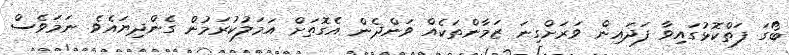
ބޯގަ ފަތްކޮޅުގައިވާ ފަދައިން ވަރަށްގިނަ ޒަމާންތަކެއް ވަންދެން އެގޮތަށް އަމަލުކުރަމުން ގެންދިޔައެވެ. ނަމަވެސް